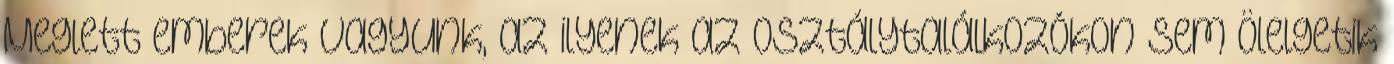
Meglett emberek vagyunk, az ilyenek az osztálytalálkozókon sem ölelgetik